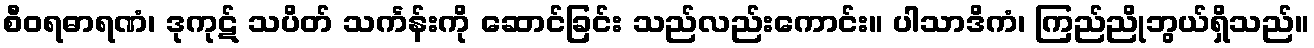
စီဝရဓာရဏံ၊ ဒုကုဋ် သပိတ် သင်္ကန်းကို ဆောင်ခြင်း သည်လည်းကောင်း။ ပါသာဒိကံ၊ ကြည်ညိုဘွယ်ရှိသည်။